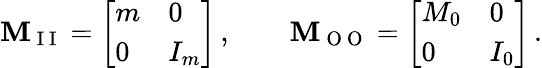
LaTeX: \mathbf{M}_{\mathrm{~I~I~}}=\left[\begin{array}{ll}{m}&{0}\\ {0}&{I_{m}}\end{array}\right]\, ,\qquad\mathbf{M}_{\mathrm{~O~O~}}=\left[\begin{array}{ll}{M_{0}}&{0}\\ {0}&{I_{0}}\end{array}\right]\, .